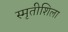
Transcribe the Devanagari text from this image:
स्मृतीशिला